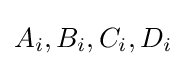
A_{i},B_{i},C_{i},D_{i}